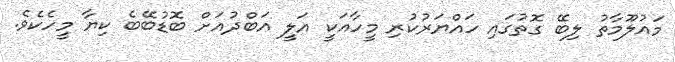
މައުލޫމާތު ލިބޭ ގޮތުގައި ހައްޔަރުކުރި މީހާއަކީ އަލީ އަބްދުއަށް ބޮޑުބޭބެ ކިޔާ މީހެކެވެ.